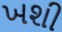
ખશી